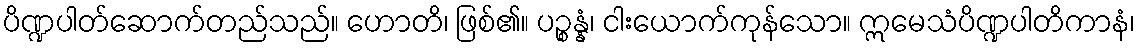
ပိဏ္ဍပါတ်ဆောက်တည်သည်။ ဟောတိ၊ ဖြစ်၏။ ပဉ္စန္နံ၊ ငါးယောက်ကုန်သော။ ဣမေသံပိဏ္ဍပါတိကာနံ၊